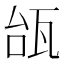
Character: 瓵